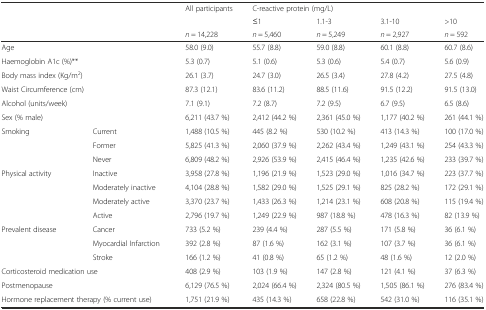
<table><thead><tr><td></td><td></td><td><b>All participants</b></td><td colspan="4"><b>C-reactive protein (mg/L)</b></td></tr><tr><td></td><td></td><td></td><td><b>≤1</b></td><td><b>1.1-3</b></td><td><b>3.1-10</b></td><td><b>&gt;10</b></td></tr><tr><td></td><td></td><td><b><i>n</i> = 14,228</b></td><td><b><i>n</i> = 5,460</b></td><td><b><i>n</i> = 5,249</b></td><td><b><i>n</i> = 2,927</b></td><td><b><i>n</i> = 592</b></td></tr></thead><tbody><tr><td>Age</td><td></td><td>58.0 (9.0)</td><td>55.7 (8.8)</td><td>59.0 (8.8)</td><td>60.1 (8.8)</td><td>60.7 (8.6)</td></tr><tr><td colspan="2">Haemoglobin A1c (%)**</td><td>5.3 (0.7)</td><td>5.1 (0.6)</td><td>5.3 (0.6)</td><td>5.4 (0.7)</td><td>5.6 (0.9)</td></tr><tr><td colspan="2">Body mass index (Kg/m<sup>2</sup>)</td><td>26.1 (3.7)</td><td>24.7 (3.0)</td><td>26.5 (3.4)</td><td>27.8 (4.2)</td><td>27.5 (4.8)</td></tr><tr><td colspan="2">Waist Circumference (cm)</td><td>87.3 (12.1)</td><td>83.6 (11.2)</td><td>88.5 (11.6)</td><td>91.5 (12.2)</td><td>91.5 (13.0)</td></tr><tr><td>Alcohol (units/week)</td><td></td><td>7.1 (9.1)</td><td>7.2 (8.7)</td><td>7.2 (9.5)</td><td>6.7 (9.5)</td><td>6.5 (8.6)</td></tr><tr><td>Sex (% male)</td><td></td><td>6,211 (43.7 %)</td><td>2,412 (44.2 %)</td><td>2,361 (45.0 %)</td><td>1,177 (40.2 %)</td><td>261 (44.1 %)</td></tr><tr><td>Smoking</td><td>Current</td><td>1,488 (10.5 %)</td><td>445 (8.2 %)</td><td>530 (10.2 %)</td><td>413 (14.3 %)</td><td>100 (17.0 %)</td></tr><tr><td></td><td>Former</td><td>5,825 (41.3 %)</td><td>2,060 (37.9 %)</td><td>2,262 (43.4 %)</td><td>1,249 (43.1 %)</td><td>254 (43.3 %)</td></tr><tr><td></td><td>Never</td><td>6,809 (48.2 %)</td><td>2,926 (53.9 %)</td><td>2,415 (46.4 %)</td><td>1,235 (42.6 %)</td><td>233 (39.7 %)</td></tr><tr><td>Physical activity</td><td>Inactive</td><td>3,958 (27.8 %)</td><td>1,196 (21.9 %)</td><td>1,523 (29.0 %)</td><td>1,016 (34.7 %)</td><td>223 (37.7 %)</td></tr><tr><td></td><td>Moderately inactive</td><td>4,104 (28.8 %)</td><td>1,582 (29.0 %)</td><td>1,525 (29.1 %)</td><td>825 (28.2 %)</td><td>172 (29.1 %)</td></tr><tr><td></td><td>Moderately active</td><td>3,370 (23.7 %)</td><td>1,433 (26.3 %)</td><td>1,214 (23.1 %)</td><td>608 (20.8 %)</td><td>115 (19.4 %)</td></tr><tr><td></td><td>Active</td><td>2,796 (19.7 %)</td><td>1,249 (22.9 %)</td><td>987 (18.8 %)</td><td>478 (16.3 %)</td><td>82 (13.9 %)</td></tr><tr><td>Prevalent disease</td><td>Cancer</td><td>733 (5.2 %)</td><td>239 (4.4 %)</td><td>287 (5.5 %)</td><td>171 (5.8 %)</td><td>36 (6.1 %)</td></tr><tr><td></td><td>Myocardial Infarction</td><td>392 (2.8 %)</td><td>87 (1.6 %)</td><td>162 (3.1 %)</td><td>107 (3.7 %)</td><td>36 (6.1 %)</td></tr><tr><td></td><td>Stroke</td><td>166 (1.2 %)</td><td>41 (0.8 %)</td><td>65 (1.2 %)</td><td>48 (1.6 %)</td><td>12 (2.0 %)</td></tr><tr><td colspan="2">Corticosteroid medication use</td><td>408 (2.9 %)</td><td>103 (1.9 %)</td><td>147 (2.8 %)</td><td>121 (4.1 %)</td><td>37 (6.3 %)</td></tr><tr><td>Postmenopause</td><td></td><td>6,129 (76.5 %)</td><td>2,024 (66.4 %)</td><td>2,324 (80.5 %)</td><td>1,505 (86.1 %)</td><td>276 (83.4 %)</td></tr><tr><td colspan="2">Hormone replacement therapy (% current use)</td><td>1,751 (21.9 %)</td><td>435 (14.3 %)</td><td>658 (22.8 %)</td><td>542 (31.0 %)</td><td>116 (35.1 %)</td></tr></tbody></table>